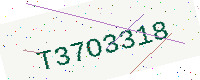
Text: T37O3318